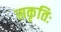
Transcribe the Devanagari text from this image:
सकृतिः